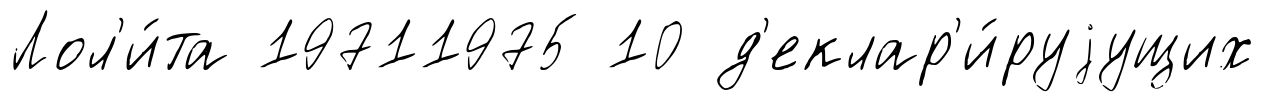
Лол'и́та 19711975 10 д'еклар'и́руjущих